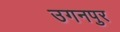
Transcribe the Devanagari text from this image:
उगनपुर